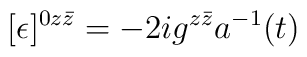
[\epsilon]^{0z\bar z}=-2ig^{z\bar z} a^{-1}(t)